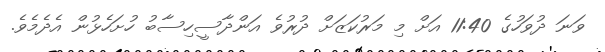
ވަނަ ދުވަހުގެ 11:40 އަށް މި މަރުކަޒަށް ދުރުވެ އަންދާސީހިސާބު ހުށަހެޅުން އެދެމެވެ.